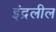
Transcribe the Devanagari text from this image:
इंद्रलील